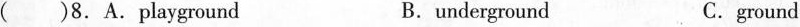
( )8.A.playground B.underground C.ground